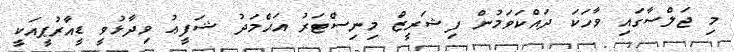
މި ޖަލްސާގައި ވާހަކަ ދައްކަވަމުން ފިޝަރީޒް މިނިސްޓަރު އަޙްމަދު ޝަފީޢު ވިދާޅުވީ ޑީއާރުޕީއަކީ